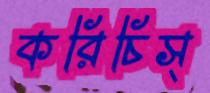
করিচিস্